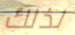
لذلك